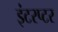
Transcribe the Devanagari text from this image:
इंटरप्टर